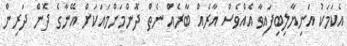
އެކަމަކު އަނިޔާލިބިފައިވާ އެއްވެސް އާރެއް ބާރެއް ނެތް ދޮންމަންމައަކަށް އޭނާގެ ދޮން ދަރިން